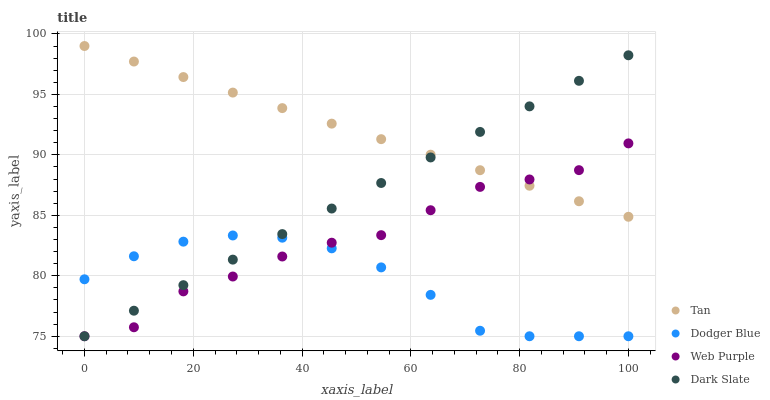
| xaxis_label | Tan | Dodger Blue | Web Purple | Dark Slate |
 | --- | --- | --- | --- | --- |
 | 0 | 99 | 79.7 | 75 | 75 |
 | 9.09 | 97.7 | 81.6 | 75.7 | 77.1 |
 | 18.2 | 96.4 | 82.8 | 78.7 | 79.2 |
 | 27.3 | 95.1 | 83.3 | 79.9 | 81.3 |
 | 36.4 | 93.9 | 83.1 | 81.6 | 83.4 |
 | 45.5 | 92.6 | 82.3 | 82.7 | 85.6 |
 | 54.5 | 91.3 | 80.7 | 83.4 | 87.7 |
 | 63.6 | 90 | 78.4 | 85.4 | 89.8 |
 | 72.7 | 88.7 | 75.5 | 87.4 | 91.9 |
 | 81.8 | 87.4 | 75 | 88 | 94 |
 | 90.9 | 86.2 | 75 | 88.7 | 96.1 |
 | 100 | 84.9 | 75 | 90.9 | 98.2 |